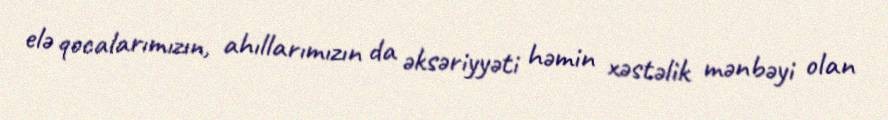
elə qocalarımızın, ahıllarımızın da əksəriyyəti həmin xəstəlik mənbəyi olan